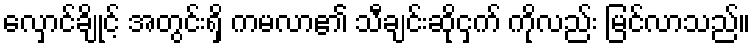
လှောင်ချိုင့် အတွင်းရှိ ကမလာ၏ သီချင်းဆိုငှက် ကိုလည်း မြင်လာသည်။